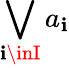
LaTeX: \bigvee_{\mathbf{i}\inI}a_{\mathbf{i}}